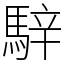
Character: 騂